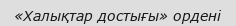
«Халықтар достығы» ордені